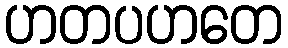
ဟတပဟတေ